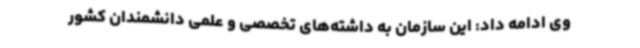
وی ادامه داد: این سازمان به داشته‌های تخصصی و علمی دانشمندان کشور